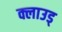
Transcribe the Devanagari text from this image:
क्लाउड्